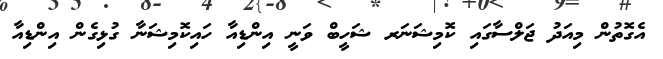
އެގޮތުން މިއަދު ޖަލްސާގައި ކޮމިޝަނަރ ޝަހީބް ވަނީ އިންޑިއާ ހައިކޮމިޝަނާ ގުޅިގެން އިންޑިއާ